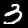
Label: 3